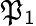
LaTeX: \mathfrak{P}_{1}